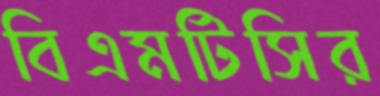
বিএমটিসির